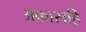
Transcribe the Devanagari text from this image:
अकासहिं